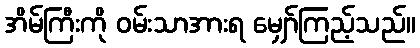
အိမ်ကြီးကို ဝမ်းသာအားရ မျှော်ကြည့်သည်။